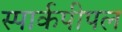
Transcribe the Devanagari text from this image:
स्पार्कपीपल